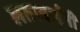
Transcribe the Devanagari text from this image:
लताबाईंनी